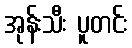
အုန်းသီး ပူတင်း